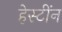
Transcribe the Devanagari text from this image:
हेस्टींन